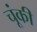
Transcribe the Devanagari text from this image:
चूंकी